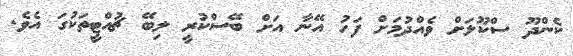
ކެންދޫ ސްކޫލަށް ވެއްދުމަށް ފަހު އޭނާ އަށް ބޭސްކުރީ ލިބޭ ޗުއްޓީތަކުގަ އެވެ.